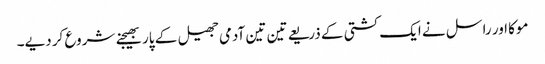
موکا اور راسل نے ایک کشتی کے ذریعے تین تین آدمی جھیل کے پار بھیجنے شروع کر دیے۔